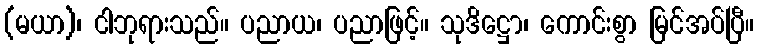
(မယာ)၊ ငါဘုရားသည်။ ပညာယ၊ ပညာဖြင့်။ သုဒိဋ္ဌော၊ ကောင်းစွာ မြင်အပ်ပြီ။